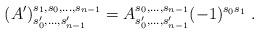
LaTeX: \begin{align*}(A')^{s_1,s_0,\ldots,s_{n-1}}_{s_0',\ldots,s_{n-1}'}=A^{s_0,\ldots,s_{n-1}}_{s_0',\ldots,s_{n-1}'}(-1)^{s_0 s_1}\;.\end{align*}